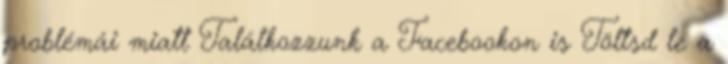
problémái miatt Találkozzunk a Facebookon is Töltsd le a